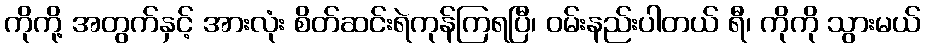
ကိုကို့ အတွက်နှင့် အားလုံး စိတ်ဆင်းရဲကုန်ကြရပြီ၊ ဝမ်းနည်းပါတယ် ရီ၊ ကိုကို သွားမယ်